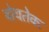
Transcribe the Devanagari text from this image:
वोयतेक